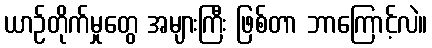
ယာဉ်တိုက်မှုတွေ အများကြီး ဖြစ်တာ ဘာကြောင့်လဲ။